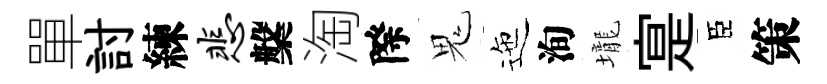
單討練悲槃淘際鬼迤洵壠寔臣策